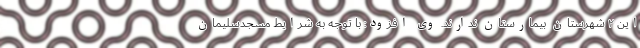
این ۲ شهرستان بیمارستان ندارند. وی افزود: با توجه به شرایط مسجدسلیمان